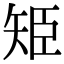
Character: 𮀁